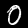
Digit: 0